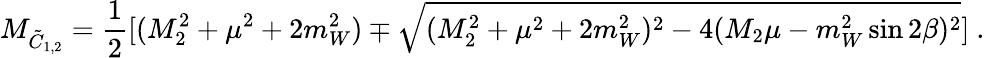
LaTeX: M_{{\tilde{C}}_{1,2}}={\frac{1}{2}}[(M_{2}^{2}+\mu^{2}+2m_{W}^{2})\mp\sqrt{(M_{2}^{2}+\mu^{2}+2m_{W}^{2})^{2}-4(M_{2}\mu-m_{W}^{2}\sin 2\beta)^{2}}]\ .